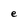
Character: e